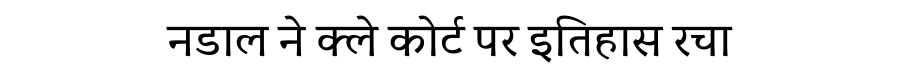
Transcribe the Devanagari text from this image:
नडाल ने क्ले कोर्ट पर इतिहास रचा